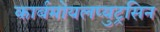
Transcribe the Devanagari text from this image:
कार्बमोयलप्युट्रसिन